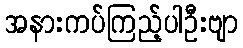
အနားကပ်ကြည့်ပါဦးဗျာ